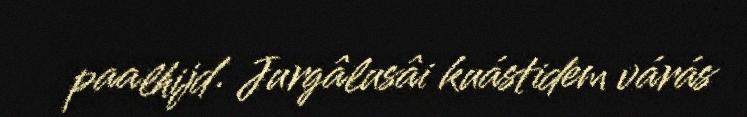
paalhijd. Jurgâlusâi kuástidem várás